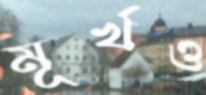
মূর্খও